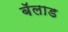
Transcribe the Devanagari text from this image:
बॅलाड